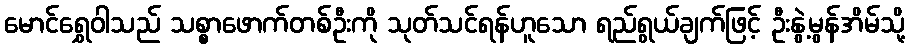
မောင်ရွှေဝါသည် သစ္စာဖောက်တစ်ဦးကို သုတ်သင်ရန်ဟူသော ရည်ရွယ်ချက်ဖြင့် ဦးနွဲ့မွန်အိမ်သို့